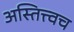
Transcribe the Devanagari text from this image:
अस्तित्त्वच